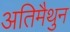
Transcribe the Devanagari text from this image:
अतिमैथुन